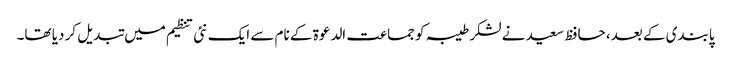
پابندی کے بعد، حافظ سعید نے لشکر طیبہ کو جماعت الدعوة کے نام سے ایک نئی تنظیم میں تبدیل کر دیا تھا۔